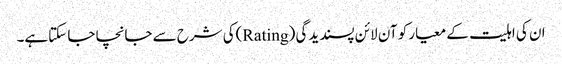
ان کی اہلیت کے معیار کو آن لائن پسندیدگی (Rating)کی شرح سے جانچا جا سکتاہے۔